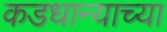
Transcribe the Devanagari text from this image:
कडधान्याच्या